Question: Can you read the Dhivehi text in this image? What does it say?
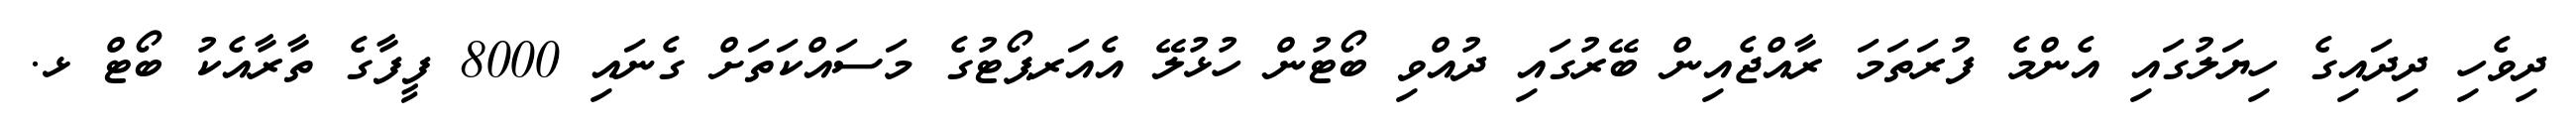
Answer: ދިވެހި ދިދައިގެ ހިޔަލުގައި އެންމެ ފުރަތަމަ ރާއްޖެއިން ބޭރުގައި ދުއްވި ބޯޓުން ހުޅުލޭ އެއަރޕޯޓުގެ މަސައްކަތަށް ގެނައި 8000 ފީފާގެ ތާރާއެކު ބޯޓް ޅ.